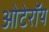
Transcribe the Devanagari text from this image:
ओटेरॉय